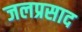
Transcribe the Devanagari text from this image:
जलप्रसाद